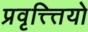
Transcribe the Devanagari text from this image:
प्रवृत्त्त्तियो